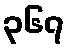
၃၆၇